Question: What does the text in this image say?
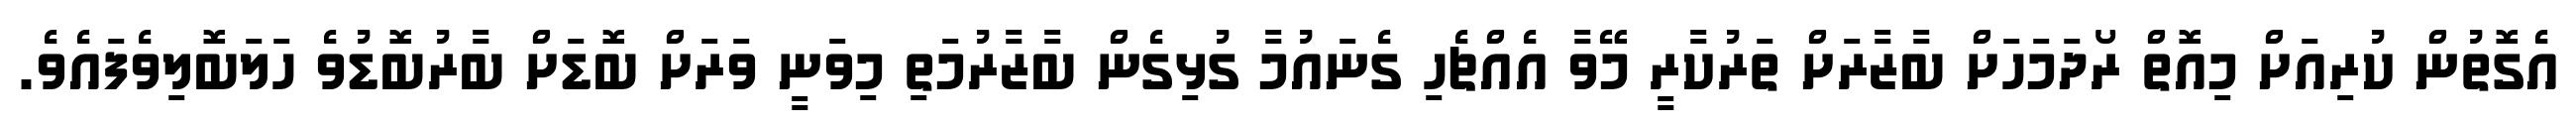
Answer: އެގޮތުން ކުރިއަށް މިއޮތް ރޯދަމަހަށް ބާޒާރަށް ތަރުކާރީ މޭވާ އެއްޗެހި ގެނައުމާ ގުޅިގެން ބާޒާރުމަތި މިވަނީ ވަރަށް ބޮޑަށް ބާރުބޮޑުވެ ހަލަބޮލިވެފައެވެ.